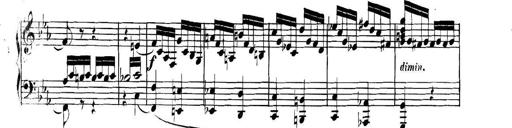
Title: Collected Piano Sonatas
Composer: Muzio Clementi